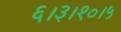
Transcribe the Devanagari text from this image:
६।३।१०।५